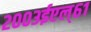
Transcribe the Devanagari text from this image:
२००३ईएल्‌६१